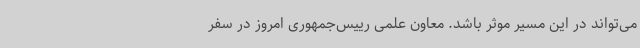
می‌تواند در این مسیر موثر باشد. معاون علمی رییس‌جمهوری امروز در سفر